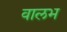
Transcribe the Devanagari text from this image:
वालभ